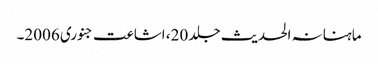
ماہنانہ الحدیث جلد 20، اشاعت جنوری 2006۔